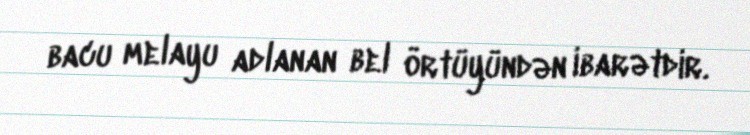
bacu melayu adlanan bel örtüyündən ibarətdir.